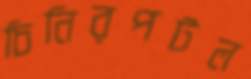
চিনিরপটল